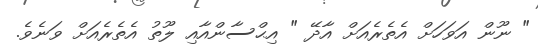
" ނޫން އަވަހަށް އެތެރެއަށް އާދޭ " އިޙްސާންއާއި ލޫތު އެތެރެއަށް ވަނެވެ.